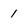
Character: 1